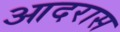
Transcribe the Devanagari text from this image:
आदरास